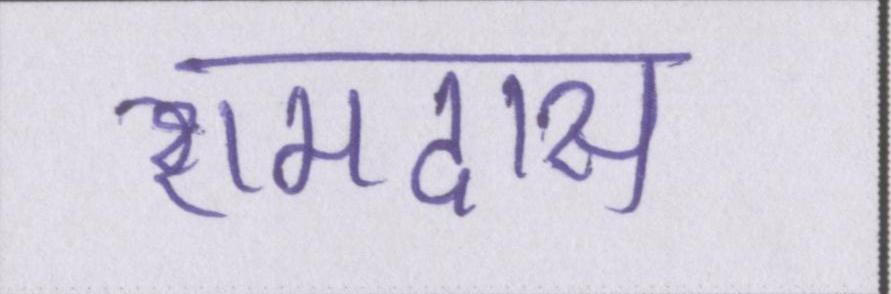
रामदास